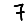
Digit: 7